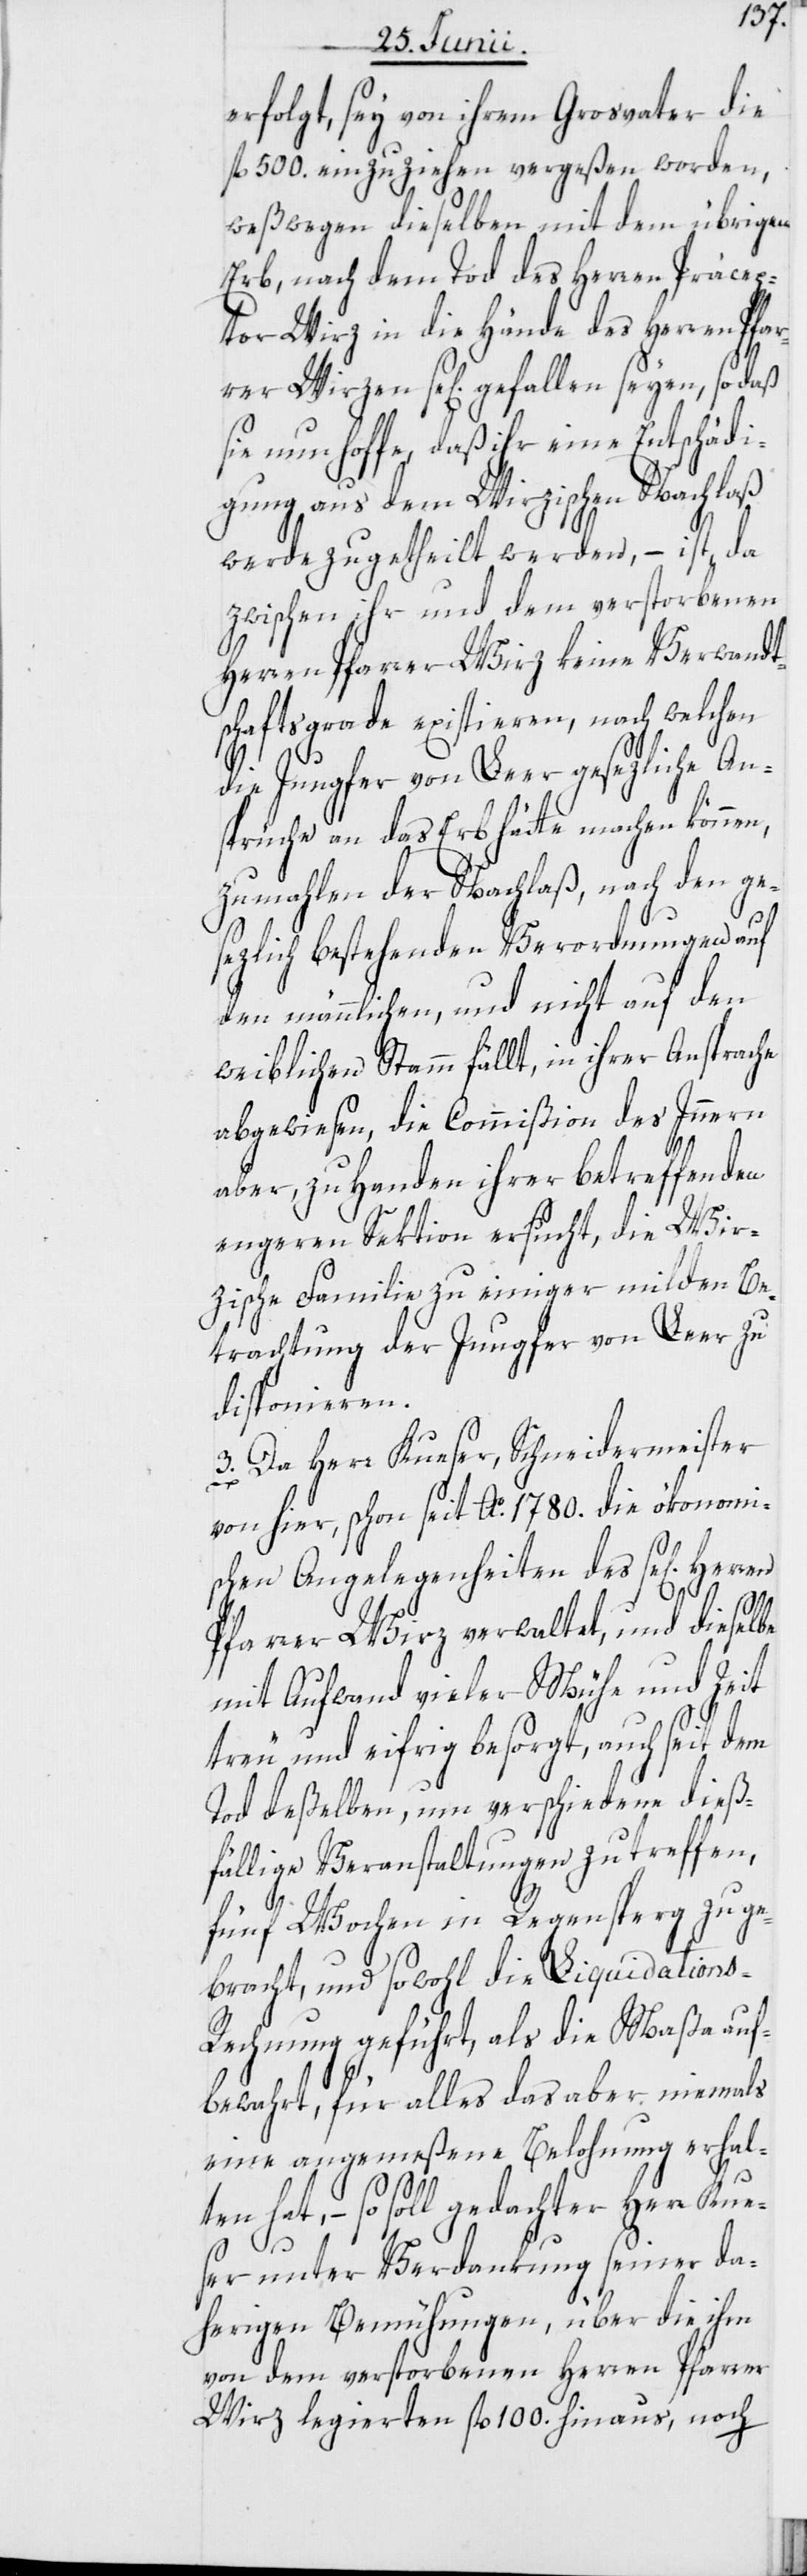
erfolgt, sey von ihrem Grosvater die
fl. 500. einzuziehen vergeßen worden,
weßwegen dieselben mit dem übrigen
Erb, nach dem Tod des Herren Präce¬
ptor Wirz in die Hände des Herren Pfa¬
rrer Wirzen se[lig] gefallen seyen, so daß
sie nun hoffe, daß ihr eine Entschädi¬
gung aus dem Wirzischen Nachlaß
werde zugetheilt werden, – ist, da
zwischen ihr und dem verstorbenen
Herren Pfarrer Wirz keine Verwandt¬
schaftsgrade existieren, nach welchen
die Jungfer von Leer gesezliche An¬
sprüche an das Erb hätte machen können,
zumahlen der Nachlaß, nach den ge¬
sezlich bestehenden Verordnungen auf
den männlichen, und nicht auf den
weiblichen Stamm fällt, in ihrer Ansprache
abgewiesen, die Commißion des Innern
aber, zu Handen ihrer betreffenden
engeren Sektion ersucht, die Wir¬
zische Familie zu einiger milden Be¬
trachtung der Jungfer von Leer zu
disponieren.
3. Da Herr Kueser, Schneidermeister
von hier, schon seit Ao. 1780. die ökonomi¬
schen Angelegenheiten des se[ligen]
Pfarrer Wirz verwaltet, und dieselbe
mit Aufwand vieler Mühe und Zeit
treu und eifrig besorgt, auch seit dem
Tod deßelben, um verschiedene dieß¬
fällige Veranstaltungen zu treffen,
fünf Wochen in Regensperg zuge¬
bracht, und sowohl die Liquidation¬
s-Rechnung geführt, als die Maßa auf¬
bewahrt, für alles das aber niemals
eine angemeßene Belohnung erhal¬
ten hat, – so soll gedachter Herr Kue¬
ser unter Verdankung seiner da¬
herigen Bemühungen, über die ihm
von dem verstorbenen Herren Pfarrer
Wirz legierten fl. 100. hinaus, noch